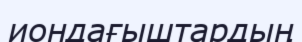
иондағыштардың